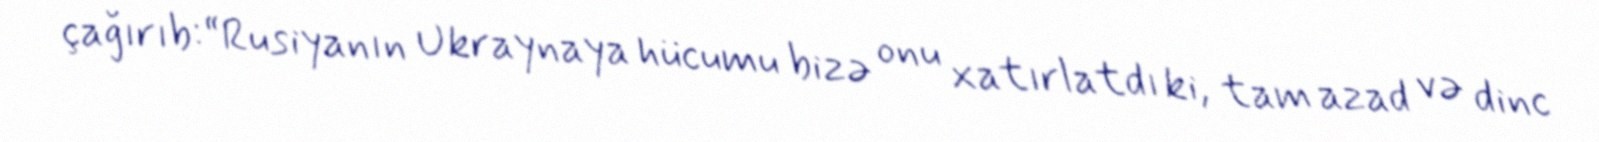
çağırıb:“Rusiyanın Ukraynaya hücumu bizə onu xatırlatdı ki, tam azad və dinc